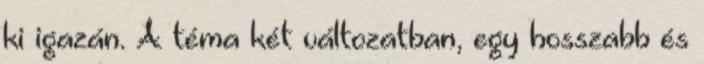
ki igazán. A téma két változatban, egy hosszabb és